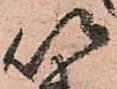
以